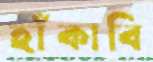
হাঁকাবি